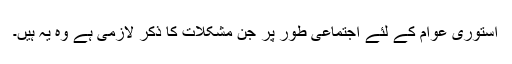
استوری عوام کے لئے اجتماعی طور پر جن مشکلات کا ذکر لازمی ہے وہ یہ ہیں۔